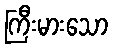
ကြီးမားသော